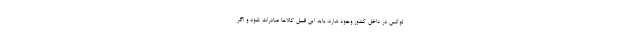
لوکس در داخل کشور وجود ندارد، باید این قبیل کالاها صادرات شود و اگر